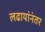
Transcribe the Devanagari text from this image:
लढायांनंतर